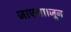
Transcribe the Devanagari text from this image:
जाएगा।जून